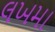
લખમા